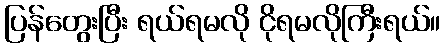
ပြန်တွေးပြီး ရယ်ရမလို ငိုရမလိုကြီးရယ်။